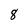
Character: 8